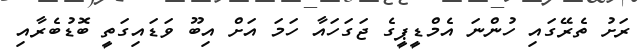
ރަށު ތެރޭގައި ހުންނަ އެމްޑީޕީގެ ޖަގަހައާ ހަމަ އަށް އިބޫ ވަޑައިގަތީ ބޮޑުބެރާއި